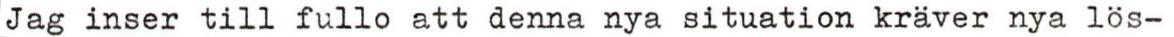
Jag inser till fullo att denna nya situation kräver nya lös-